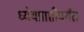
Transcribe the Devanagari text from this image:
ध्येयप्राप्तीपर्यंत